65_HS1-834228961_62-HQ-83894_Section_9
Agency: FBI
Page 237
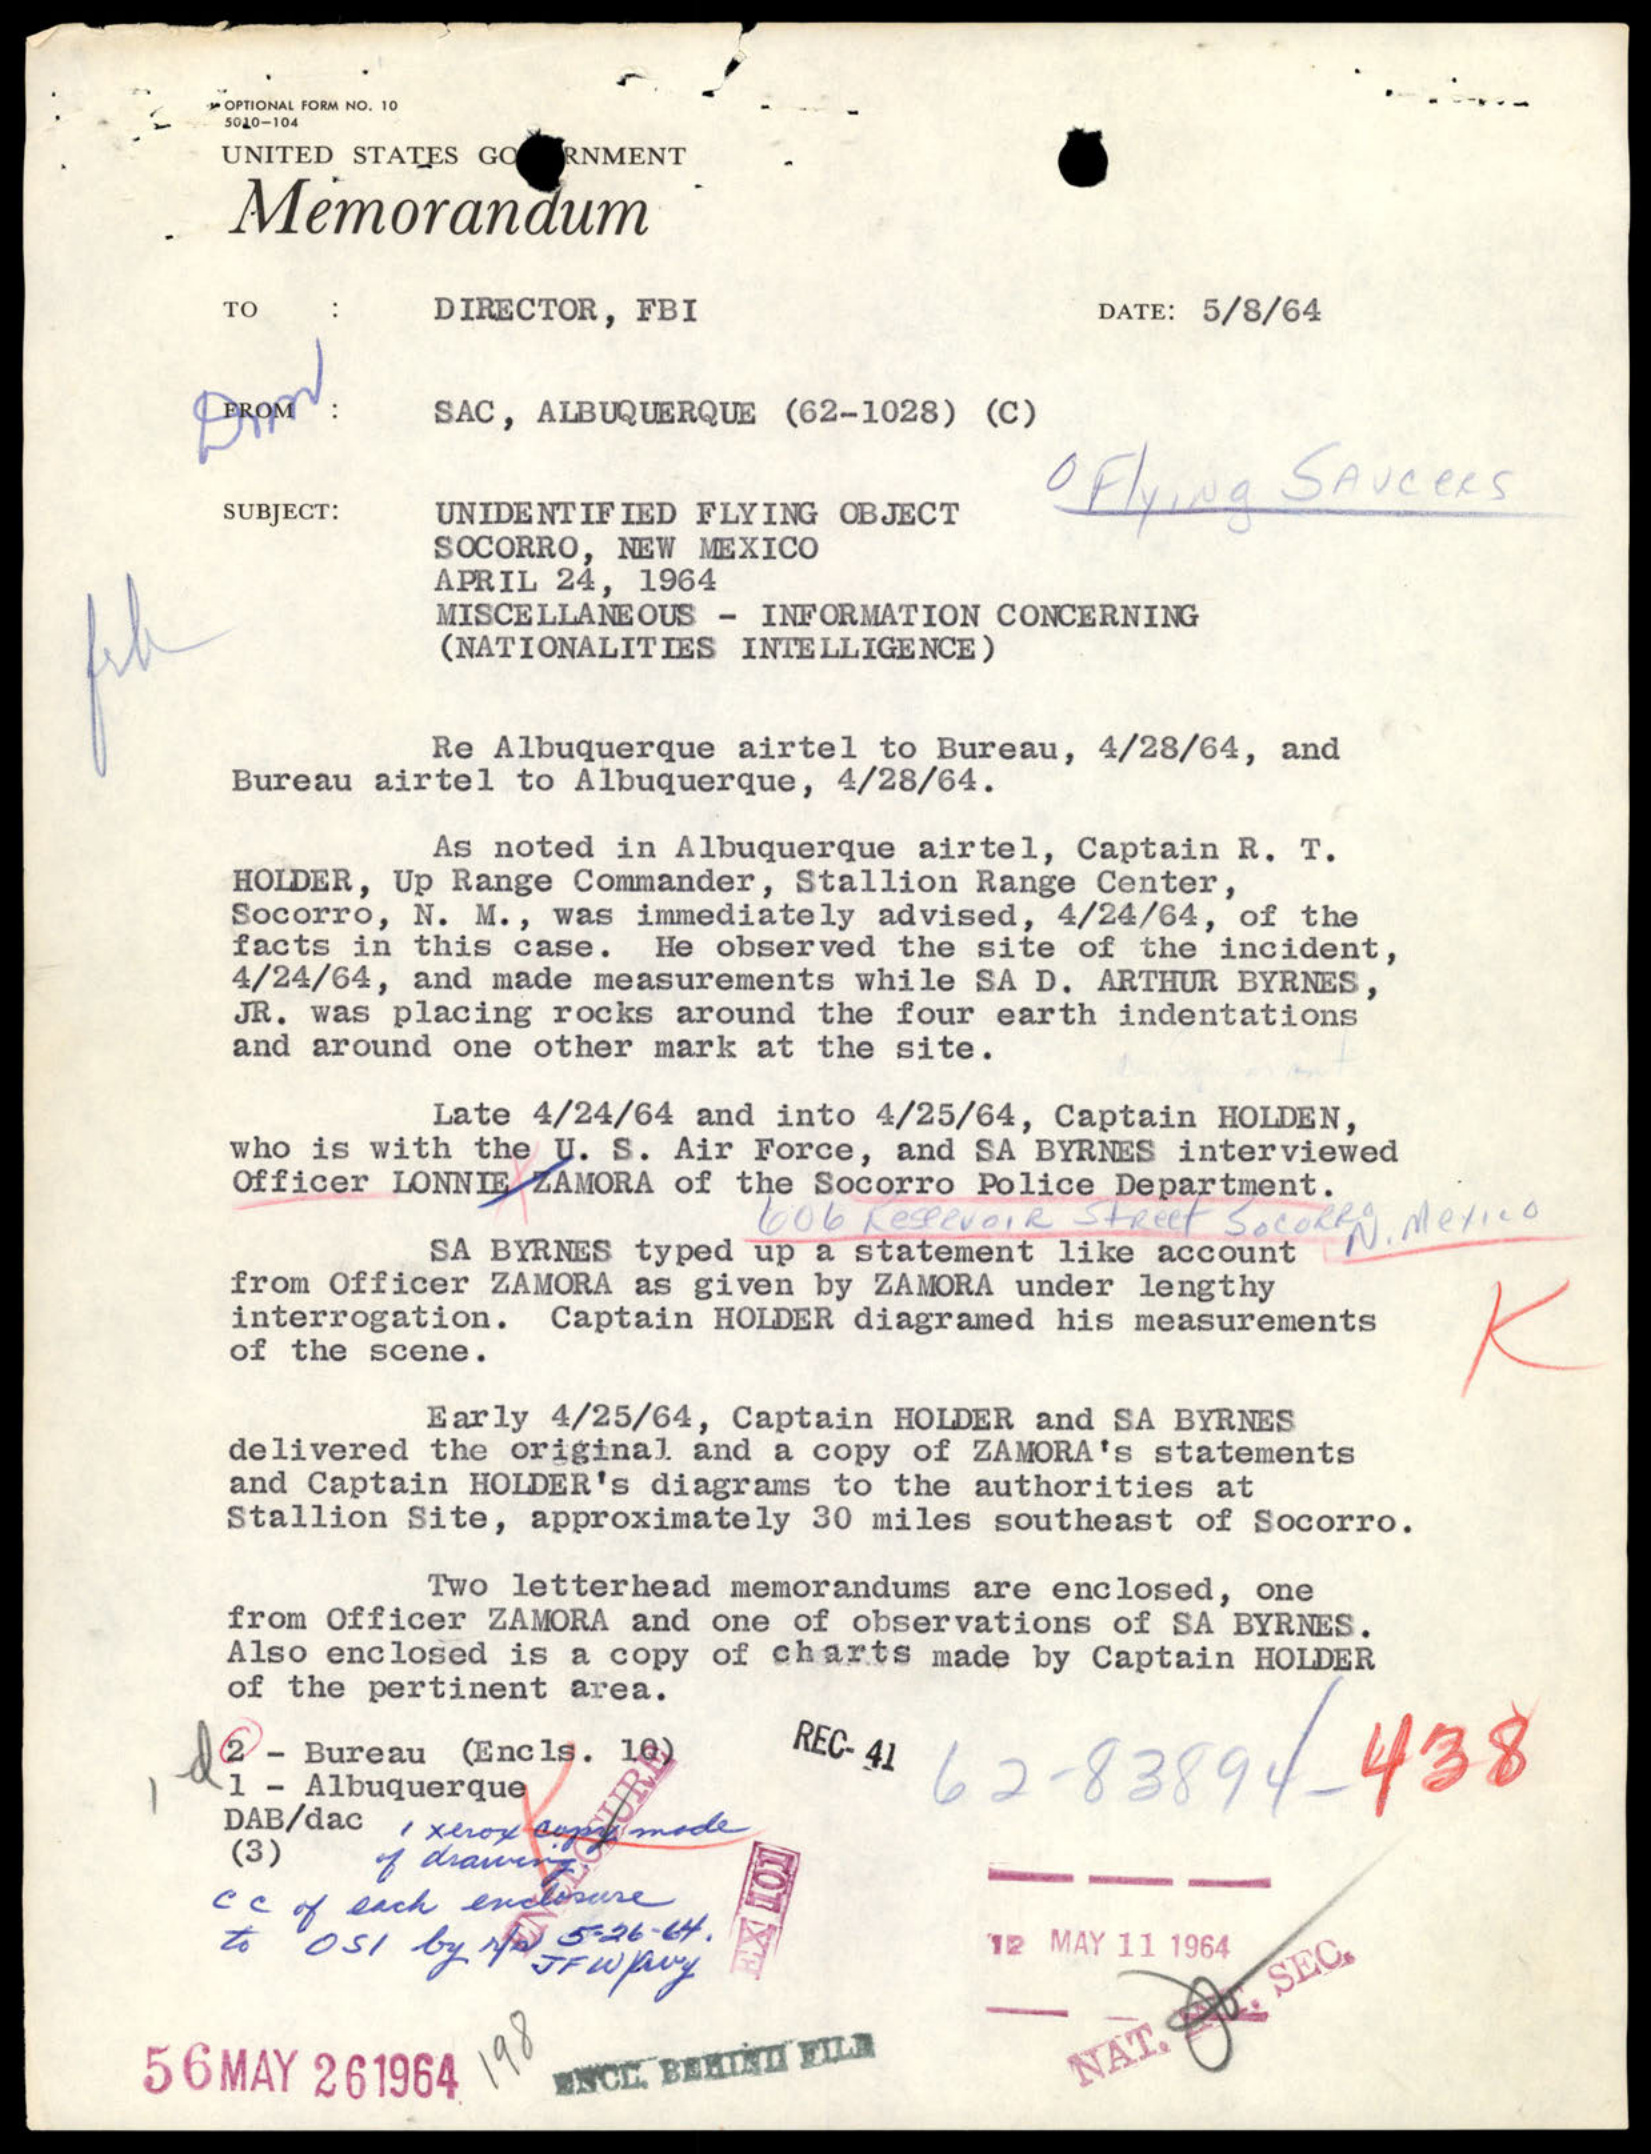